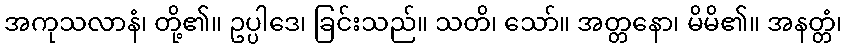
အကုသလာနံ၊ တို့၏။ ဥပ္ပါဒေ၊ ခြင်းသည်။ သတိ၊ သော်။ အတ္တနော၊ မိမိ၏။ အနတ္တံ၊